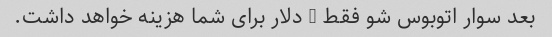
بعد سوار اتوبوس شو فقط 5 دلار برای شما هزینه خواهد داشت.